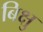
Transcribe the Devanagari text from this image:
बिक्षु